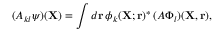
( A _ { k l } \psi ) ( { \mathbf { X } } ) = \int d { \mathbf { r } } \, \phi _ { k } ( { \mathbf { X } } ; { \mathbf { r } } ) ^ { * } \, ( A \Phi _ { l } ) ( { \mathbf { X } } , { \mathbf { r } } ) ,